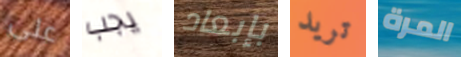
على يجب بإبعاد تريد المرة